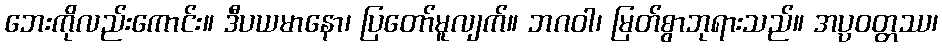
ဘေးကိုလည်းကောင်း။ ဒီပယမာနော၊ ပြတော်မူလျက်။ ဘဂဝါ၊ မြတ်စွာဘုရားသည်။ အပ္ပဝတ္တဿ၊